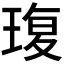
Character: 𮴦